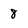
Character: 8